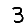
Digit: 3